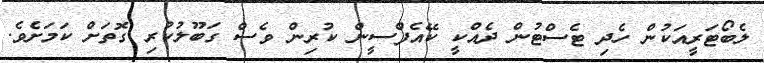
ލެބޯޓަރީއަކުން ހެދި ޓެސްޓުން ދެއްކީ ކޭއެފްސީން ކުރިން ވެސް ގަބޫލުކުރި ގޮތަށް ކަމަށެވެ.